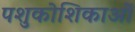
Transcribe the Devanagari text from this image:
पशुकोशिकाओं